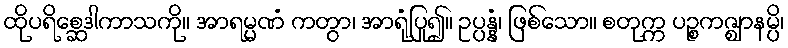
ထိုပရိစ္ဆေဒါကာသကို။ အာရမ္မဏံ ကတွာ၊ အာရုံပြု၍။ ဥပ္ပန္နံ၊ ဖြစ်သော။ စတုက္က ပဉ္စကဇ္ဈာနမ္ပိ၊